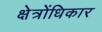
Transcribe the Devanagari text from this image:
क्षेत्रोंधिकार